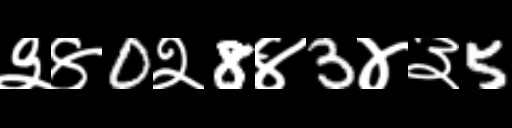
Text: ३४0२8४3४३5